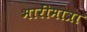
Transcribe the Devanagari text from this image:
भारीमात्रा